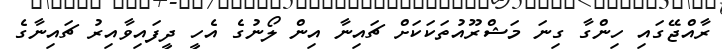
ރާއްޖޭގައި ހިންގާ ގިނަ މަޝްރޫއުތަކަކަށް ޗައިނާ އިން ލޯނުގެ އެހީ ދީފައިވާއިރު ޗައިނާގެ